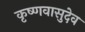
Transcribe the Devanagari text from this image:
कृष्णवासुदेव